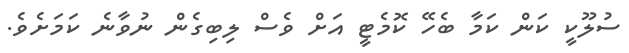
ސުލޫކީ ކަން ކަމާ ބެހޭ ކޮމެޓީ އަށް ވެސް ލިބިގެން ނުވާނެ ކަމަށެވެ.